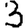
Digit: 3